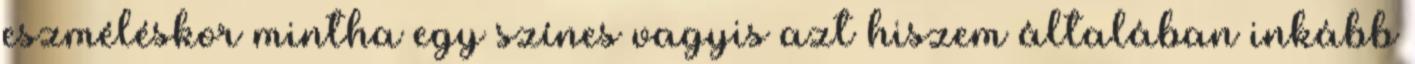
eszméléskor mintha egy színes vagyis azt hiszem általában inkább